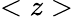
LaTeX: <z>